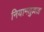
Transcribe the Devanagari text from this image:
नियामतुल्लाह